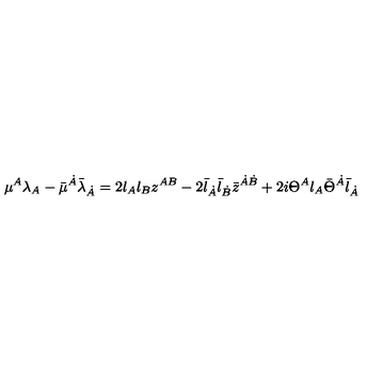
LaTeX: { \mu } { } ^ { A } \lambda _ { A } - \bar { \mu } { } ^ { \dot { A } } { \bar { \lambda } } _ { \dot { A } } = 2 \l _ { A } \l _ { B } z ^ { A B } - 2 \bar { \l } _ { \dot { A } } \bar { \l } _ { \dot { B } } \bar { z } ^ { \dot { A } \dot { B } } + 2 i \Theta ^ { A } \l _ { A } \bar { \Theta } ^ { \dot { A } } \bar { \l } _ { \dot { A } }